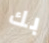
بك